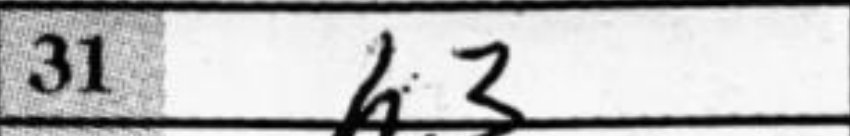
Transcription: h3